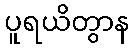
ပူရယိတွာန